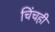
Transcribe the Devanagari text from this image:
चिंचही